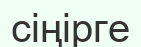
сіңірге